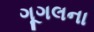
ગૂગલના